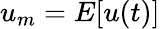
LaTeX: u_{m}=E[u(t)]